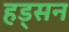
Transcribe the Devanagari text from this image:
हड्सन